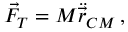
\begin{array} { r } { \vec { F } _ { T } = M \ddot { \vec { r } } _ { C M } \, , } \end{array}